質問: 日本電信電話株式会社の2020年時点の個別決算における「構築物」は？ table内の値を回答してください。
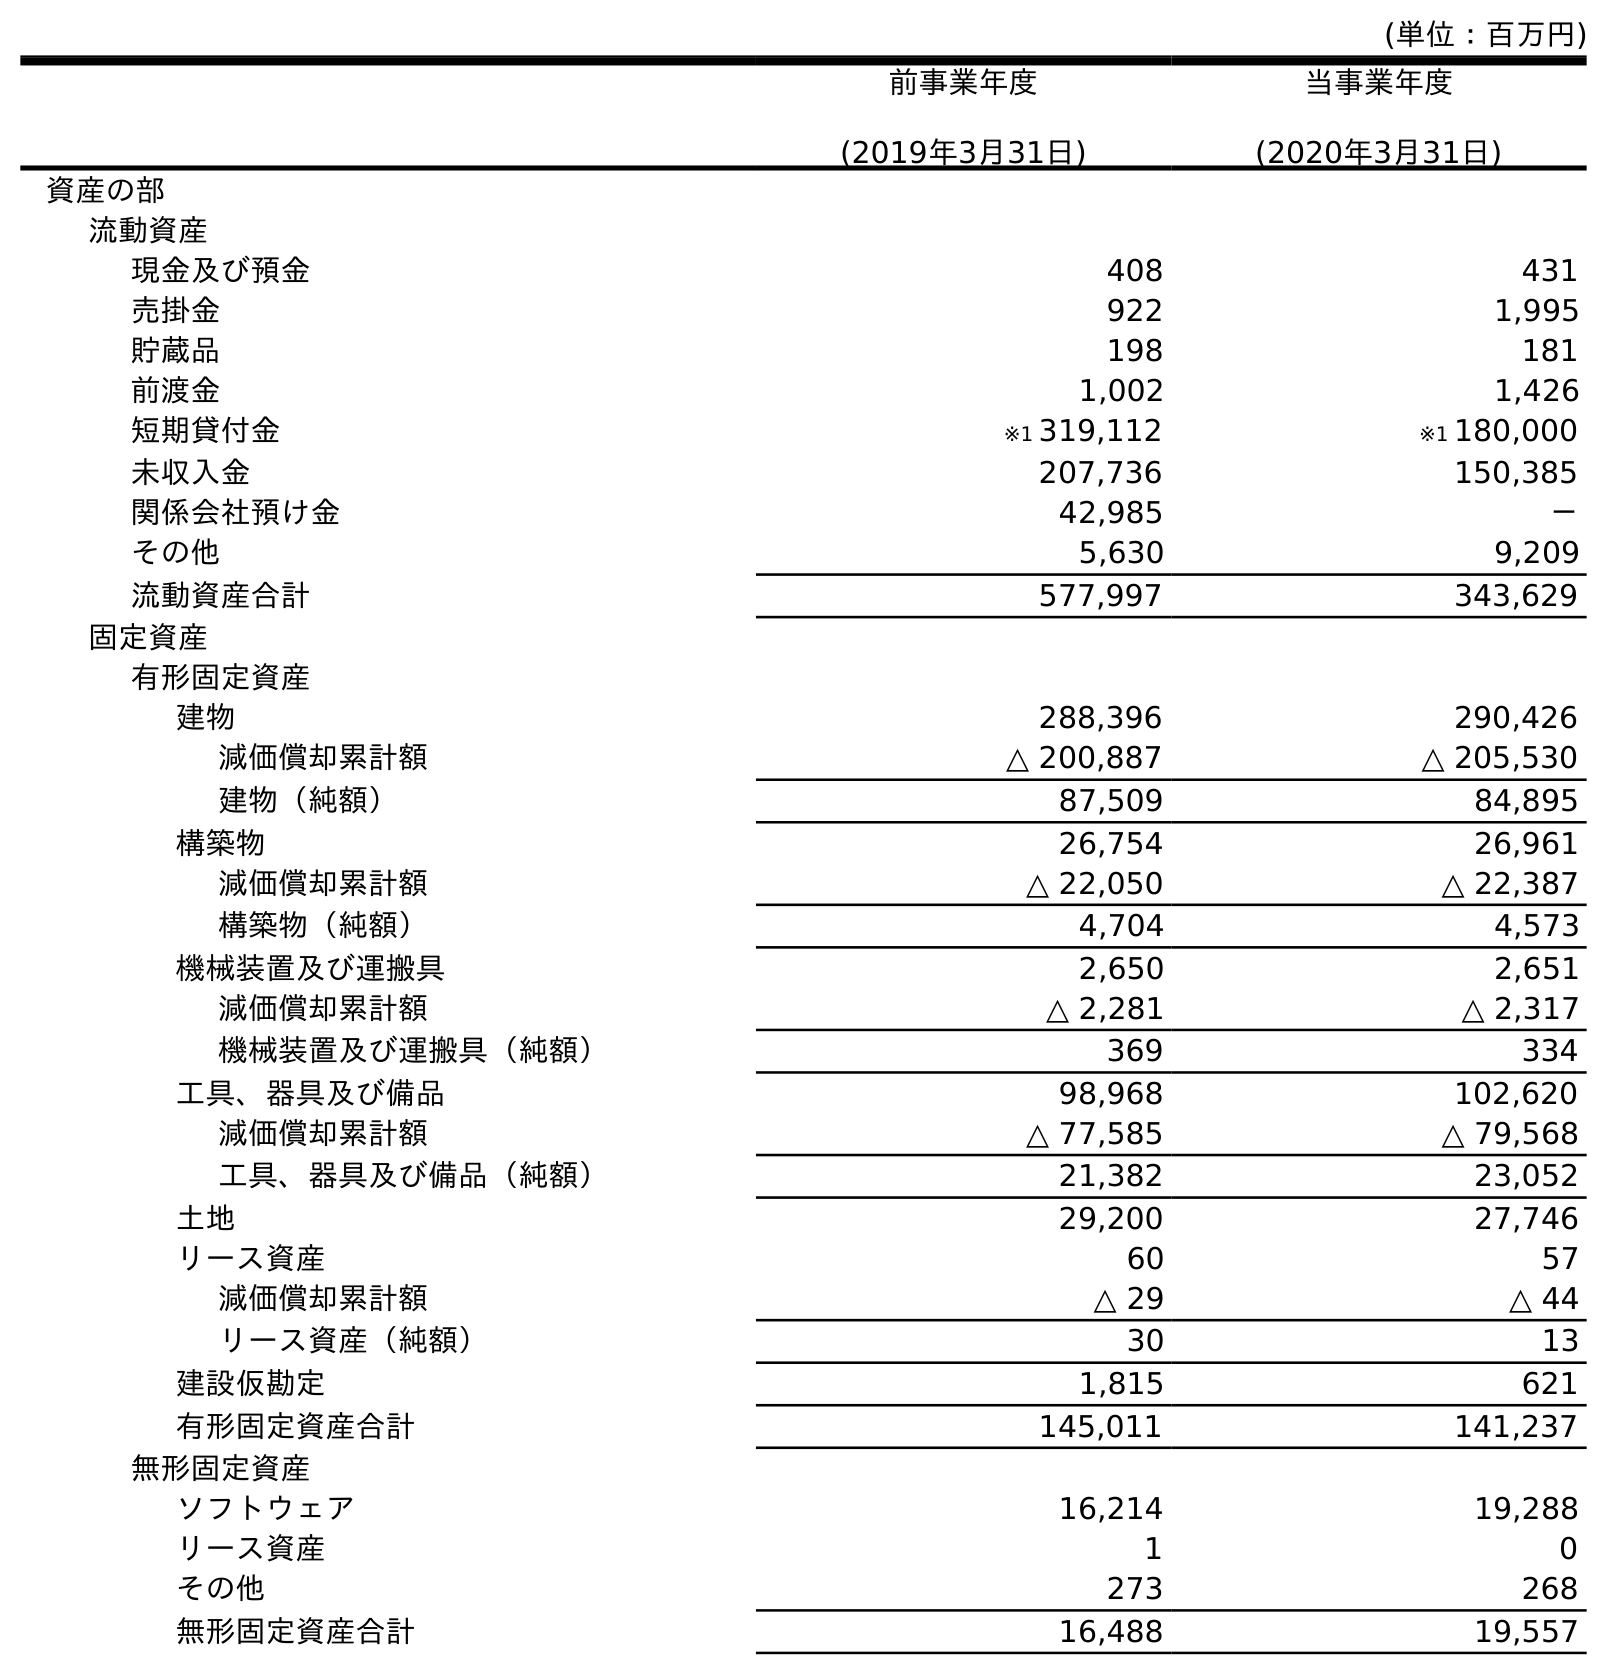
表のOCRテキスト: (単位：百万円) 前事業年度 (2019年3月31日) 当事業年度 (2020年3月31日) 資産の部 流動資産 現金及び預金 408 431 売掛金 922 1,995 貯蔵品 198 181 前渡金 1,002 1,426 短期貸付金 ※1 319,112 ※1 180,000 未収入金 207,736 150,385 関係会社預け金 42,985 － その他 5,630 9,209 流動資産合計 577,997 343,629 固定資産 有形固定資産 建物 288,396 290,426 減価償却累計額 △ 200,887 △ 205,530 建物（純額） 87,509 84,895 構築物 26,754 26,961 減価償却累計額 △ 22,050 △ 22,387 構築物（純額） 4,704 4,573 機械装置及び運搬具 2,650 2,651 減価償却累計額 △ 2,281 △ 2,317 機械装置及び運搬具（純額） 369 334 工具、器具及び備品 98,968 102,620 減価償却累計額 △ 77,585 △ 79,568 工具、器具及び備品（純額） 21,382 23,052 土地 29,200 27,746 リース資産 60 57 減価償却累計額 △ 29 △ 44 リース資産（純額） 30 13 建設仮勘定 1,815 621 有形固定資産合計 145,011 141,237 無形固定資産 ソフトウェア 16,214 19,288 リース資産 1 0 その他 273 268 無形固定資産合計 16,488 19,557
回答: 26,961